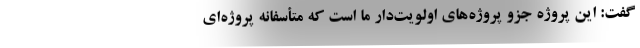
گفت: این پروژه جزو پروژه‌های اولویت‌دار ما است که متأسفانه پروژه‌ای